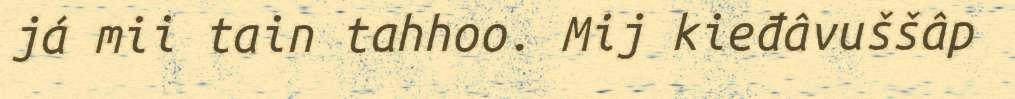
já mii tain tahhoo. Mij kieđâvuššâp